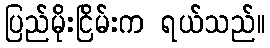
ပြည်မိုးငြိမ်းက ရယ်သည်။